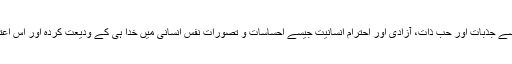
محبت، نفرت، ہمدردی اور غصے جیسے جذبات اور حب ذات، آزادی اور احترام انسانیت جیسے احساسات و تصورات نفس انسانی میں خدا ہی کے ودیعت کردہ اور اس اعتبار سے بجاے خود خدا کی امانت ہیں۔